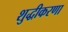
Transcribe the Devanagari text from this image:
शुद्धीकरणा